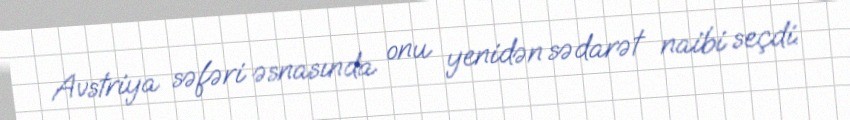
Avstriya səfəri əsnasında onu yenidən sədarət naibi seçdi.